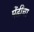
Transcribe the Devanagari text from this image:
मेंढींचा